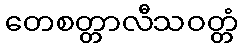
တေစတ္တာလီသဝတ္တံ